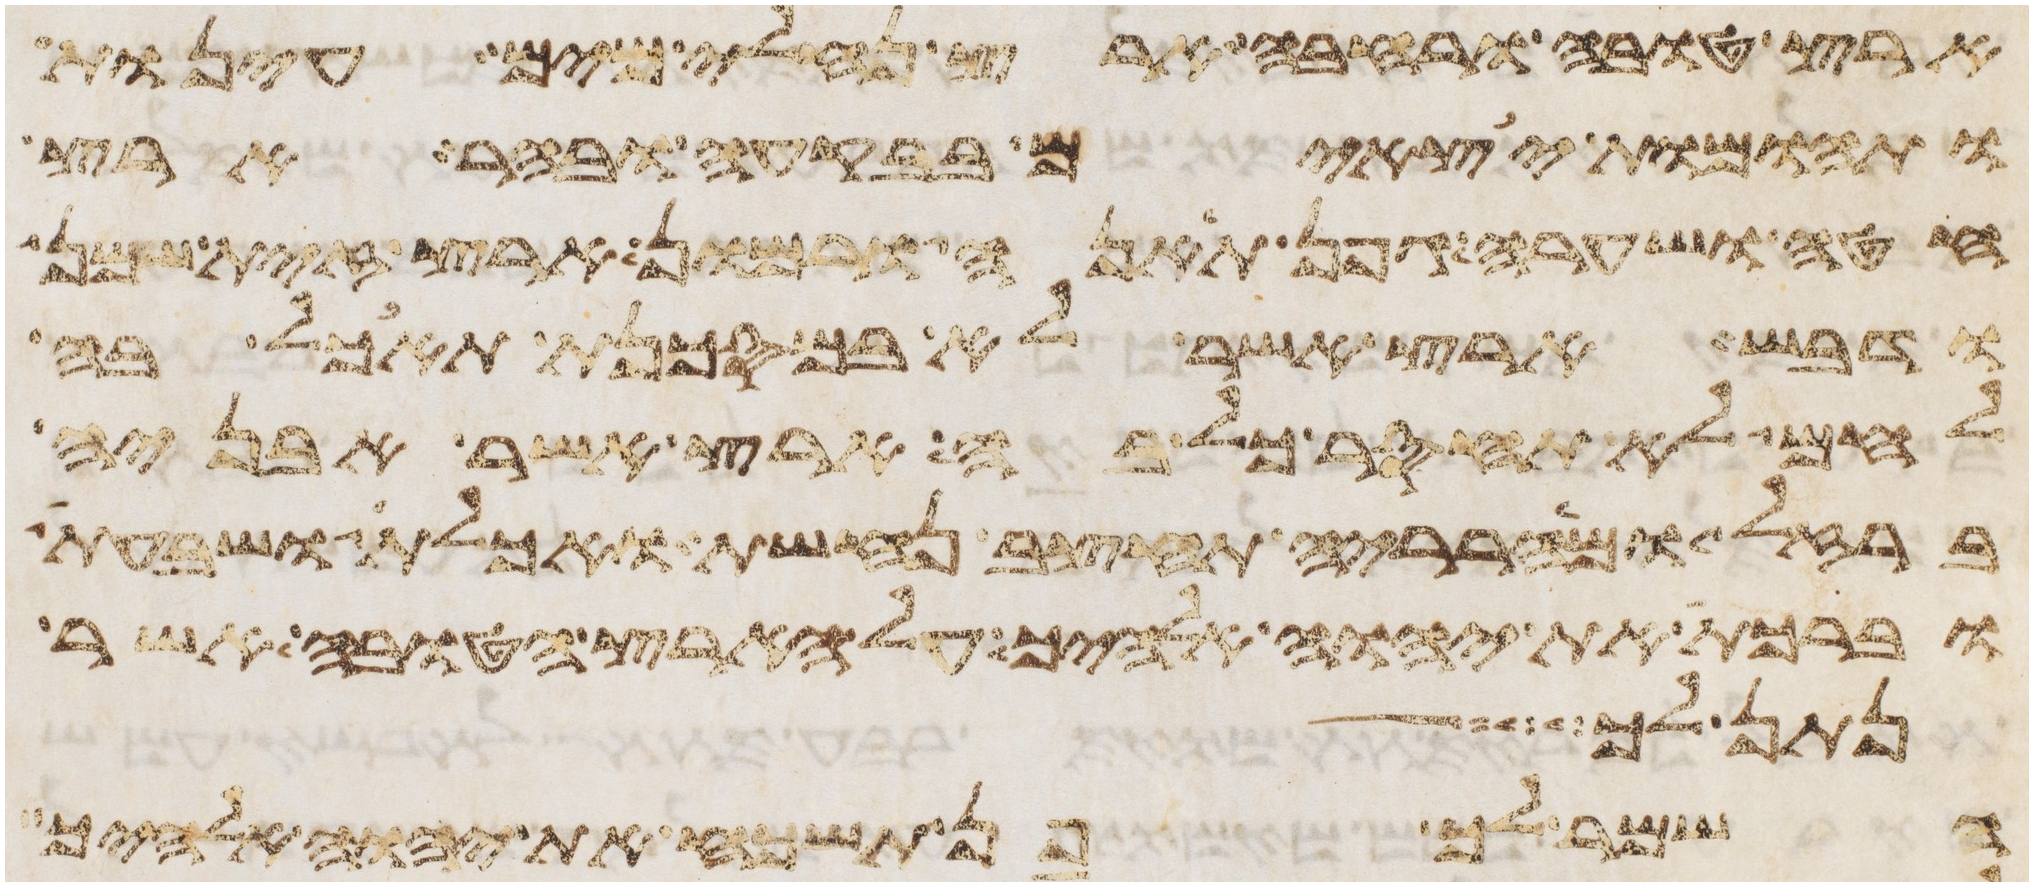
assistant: ארץ טובה ורחבה ארץ נחלי מים עינות
תהומות יצאים בבקעה ובהר ארץ
חטה ושערה גפן תאנה ורמון ארץ זית שמן
ודבש ארץ אשר לא במסכנת תאכל בה
לחם לא תחסר כל בה ארץ אשר אבניה
ברזל ומהרריה תחצב נחשת ואכלת ושבעת
וברכת את יהוה אלהיך על הארץ הטובה אשר
נתן לך איש
השמר לך פן תשכח את יהוה אלהיך